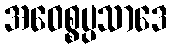
အဝေစ္စပ္ပသာဒေ